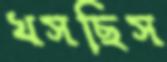
খসছিস